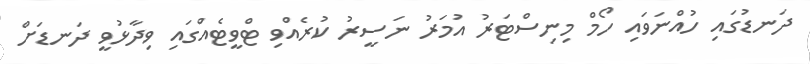
ދަނޑުގައި ހުއްނަވައި ހޯމް މިނިސްޓަރު އުމަރު ނަސީރު ކުރެއްވި ޓްވީޓެއްގައި ވިދާޅުވީ ދަނޑަށް